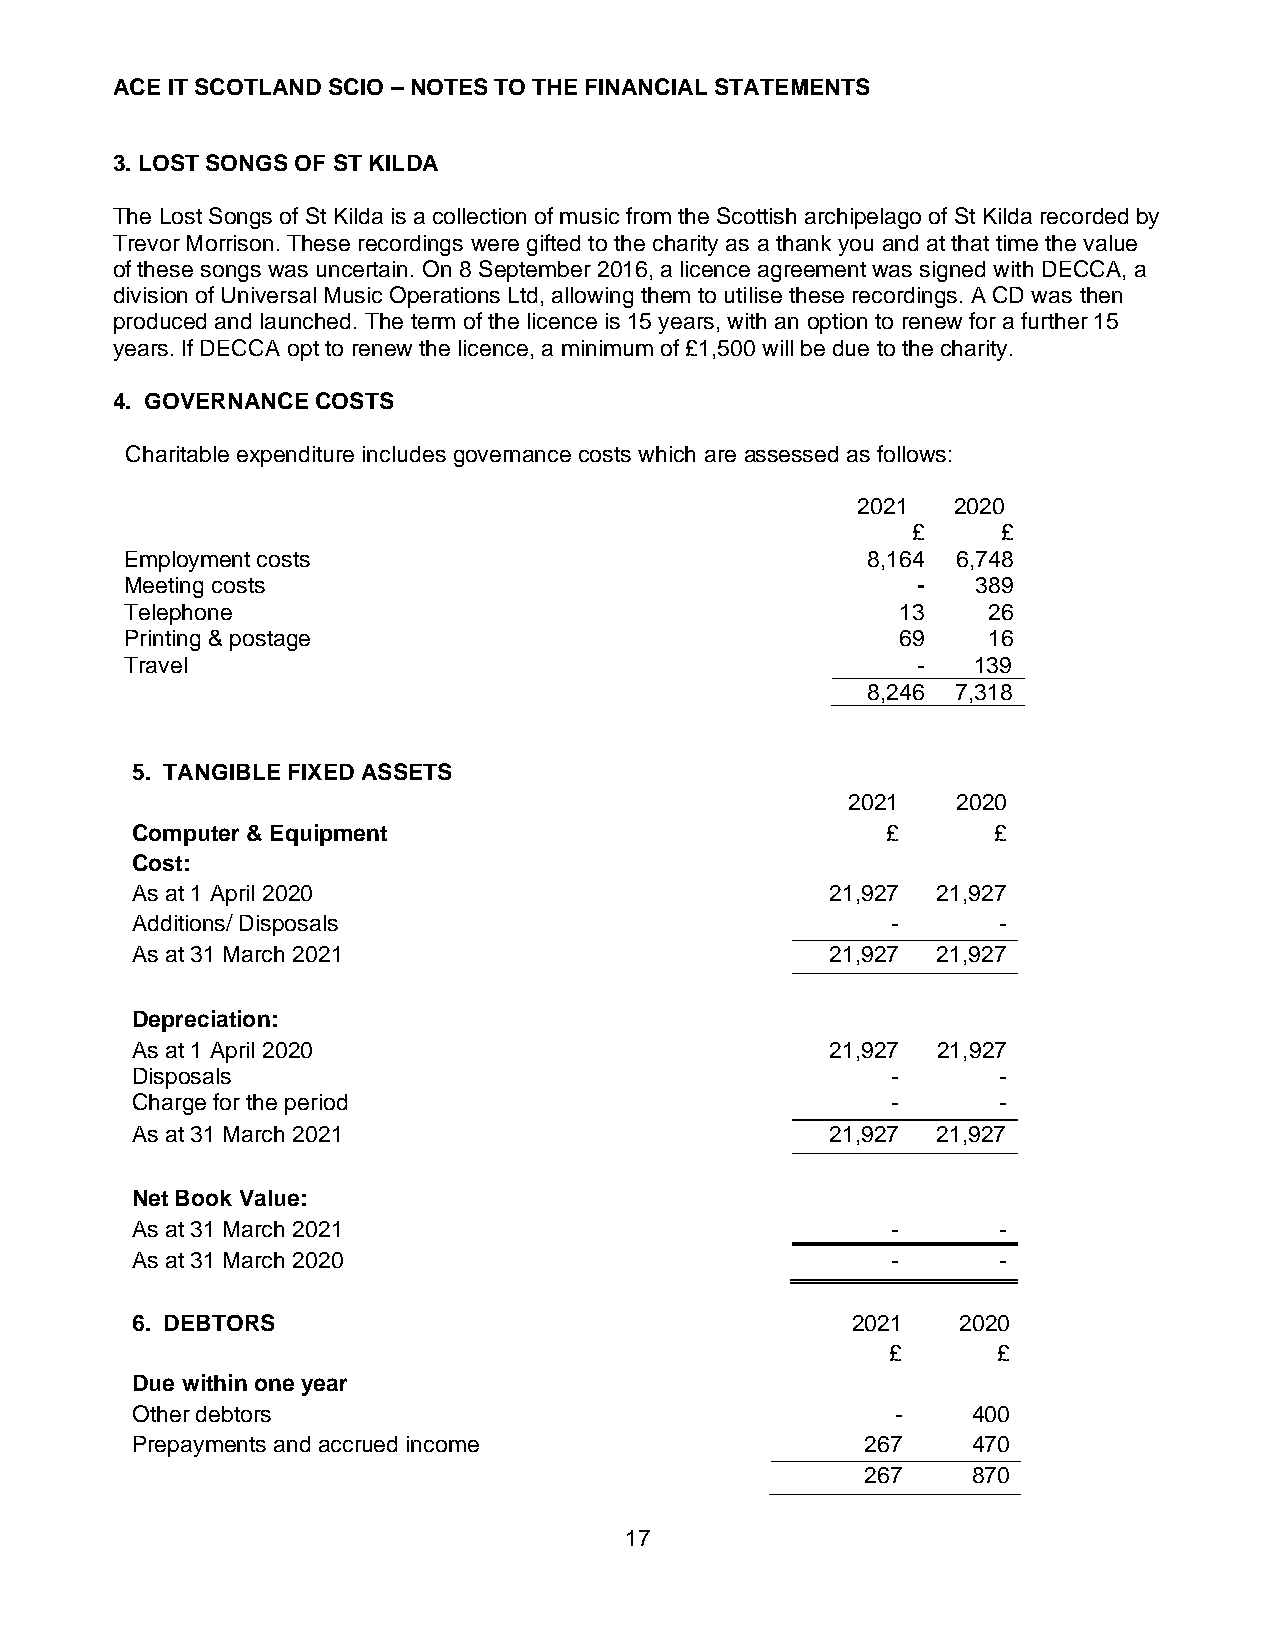
ACE IT SCOTLAND SCIO – NOTES TO THE FINANCIAL STATEMENTS
 3. LOST SONGS OF ST KILDA
 The Lost Songs of St Kilda is a collection of music from the Scottish archipelago of St Kilda recorded by
 Trevor Morrison. These recordings were gifted to the charity as a thank you and at that time the value
 of these songs was uncertain. On 8 September 2016, a licence agreement was signed with DECCA, a
 division of Universal Music Operations Ltd, allowing them to utilise these recordings. A CD was then
 produced and launched. The term of the licence is 15 years, with an option to renew for a further 15
 years. If DECCA opt to renew the licence, a minimum of £1,500 will be due to the charity.
 4. GOVERNANCE COSTS
 Charitable expenditure includes governance costs which are assessed as follows:
 2021  2020
 £     £
 Employment costs                                 8,164 6,748
 Meeting costs                                        -   389
 Telephone                                           13   26
 Printing & postage                                  69   16
 Travel                                               -  139
 8,246 7,318
 5. TANGIBLE FIXED ASSETS
 2021   2020
 Computer & Equipment                              £      £
 Cost:
 As at 1 April 2020                            21,927 21,927
 Additions/ Disposals                              -      -
 As at 31 March 2021                           21,927 21,927
 Depreciation:
 As at 1 April 2020                            21,927 21,927
 Disposals                                         -      -
 Charge for the period                             -      -
 As at 31 March 2021                           21,927 21,927
 Net Book Value:
 As at 31 March 2021                               -      -
 As at 31 March 2020                               -      -
 6. DEBTORS                                     2021   2020
 £      £
 Due within one year
 Other debtors                                     -    400
 Prepayments and accrued income                  267    470
 267    870
 17